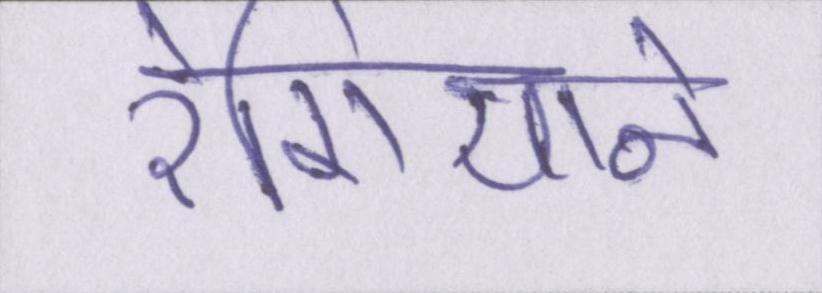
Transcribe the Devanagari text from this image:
रेगियाने